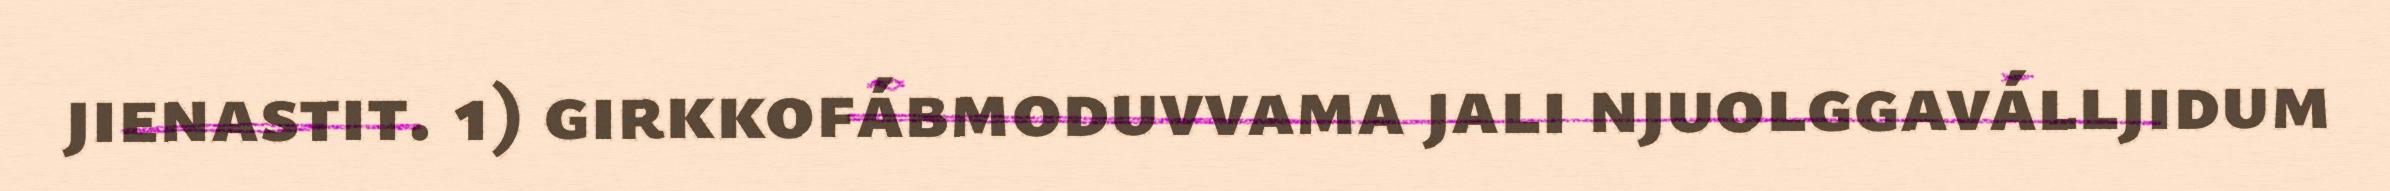
jienastit. 1) girkkofábmoduvvama jali njuolggaválljidum